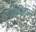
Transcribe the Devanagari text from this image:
यश्नमध्ये